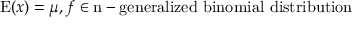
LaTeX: \operatorname { E } ( x ) = \mu , f \in { \mathrm { n - g e n e r a l i z e d ~ b i n o m i a l ~ d i s t r i b u t i o n } }